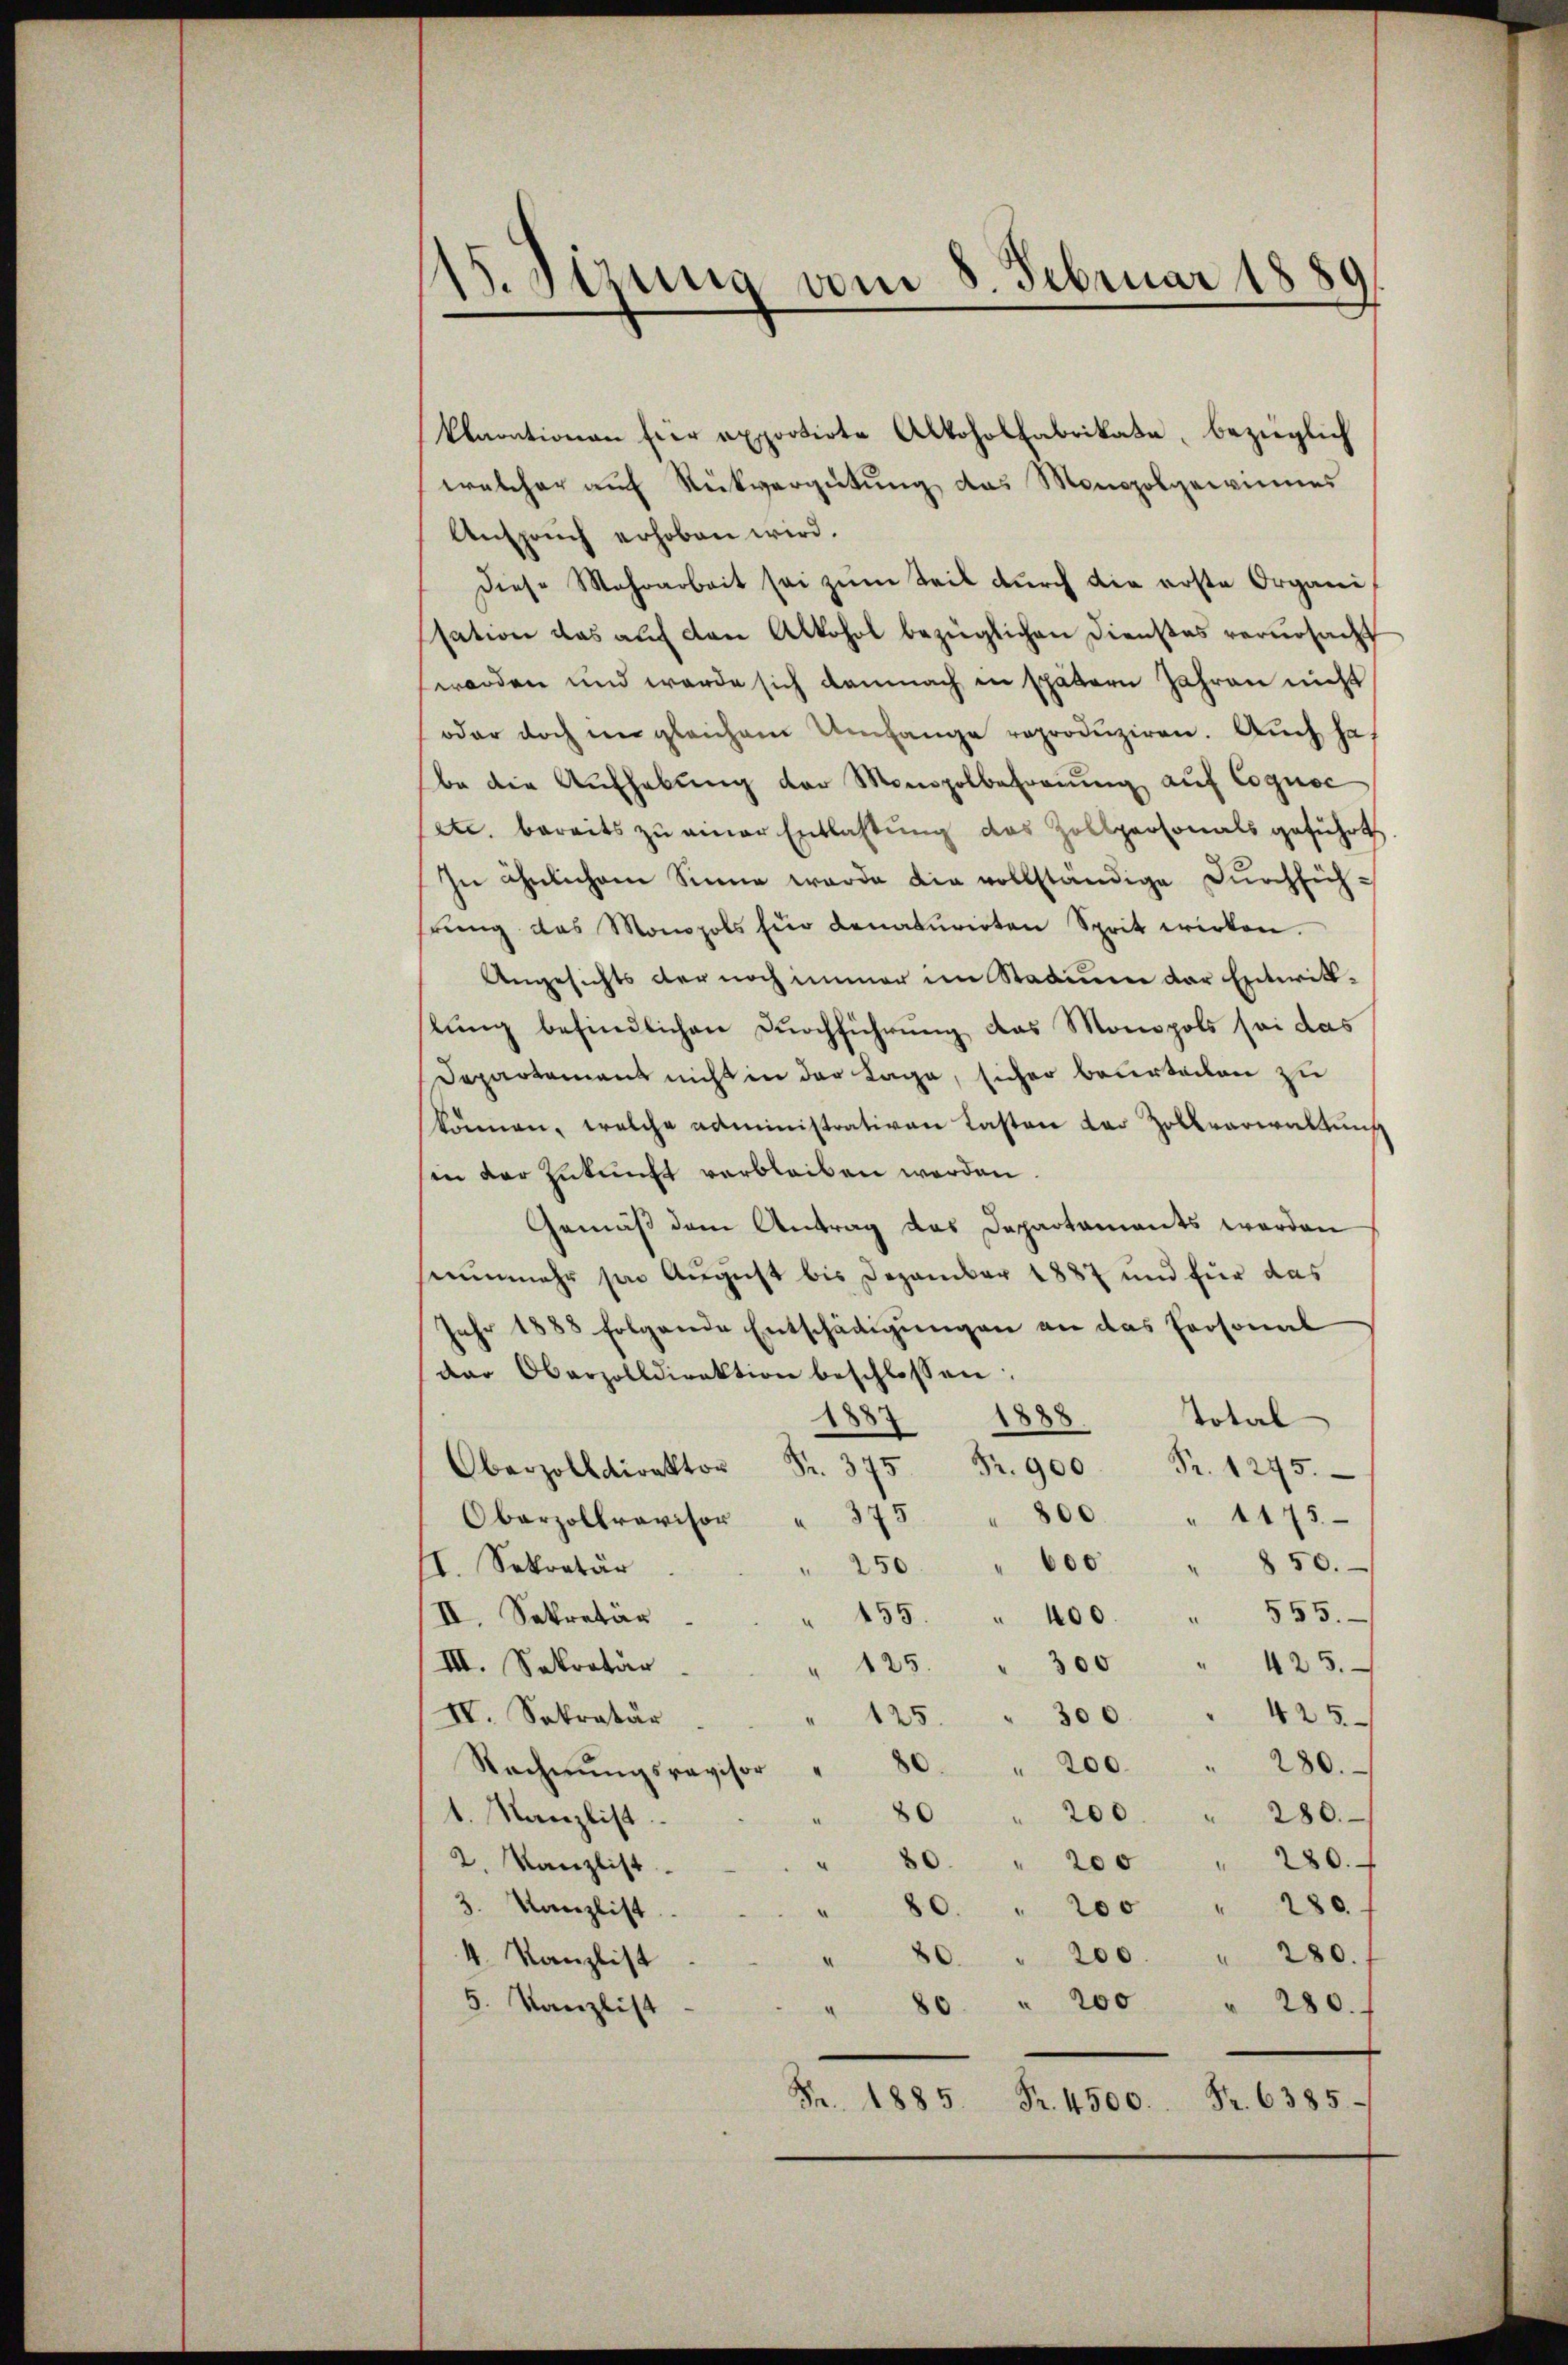
15. Sizung vom 8. Februar 1889

Klarationen hier apportirte Alkohol Fabrikate, bezüglich
welcher auf Rückvergütung das Monopolgewinnes
Ansprŭch erhoben wird.
Diese Mehrarbeit sei zum Teil durch die erste Organi
sation das aŭf den Alkohol bezüglichen Dienstes verŭrsacht
worden und werde sich demnach in spätern Jahren nicht
oder doch in gleichem Umfange reproduziren. Auch hat
be die Aufhebung der Monopolbefreuung auf Cognoc
etc. bereits zu einer Entlaßung des Zollpersonals geführt.
In ähnlichem Sinne werde die vollständige Dŭrchsichrŭng des Monopols für denaturirten Sprit wirken.
Angesichts der noch immer im Stadium der Entwick-
lung befindlichen Durchführung das Monopols sei das
Departement nicht in der Lage, sicher beurteilen zu
können, welche administrativen Lasten der Zollverwaltung
in der Zukunft verbleiben werden.
Gemäß dem Antrag das Departaments werden
senmehr sie August bis Dezember 1887 und für das
Jahr 1888 folgende Entschädigŭngen an das Personal
dar Oberzolldirektion beschlossen:
188
Total
1888.
 . 375 Fr. 900 Fr. 1275.
375
800 " 1175
Oberzollrovisor
850.
00
250
II. Sekretär
555.
155. " 400.
II. Sekretär
5
300
III. Sekretär
423.
25
300
IV. Sekretär
425.
" 200 " 280.
Rechnungsrevisor
" 200 " 280.
Kanzlist
0
" 200 " 280.
2. Kanzlist
3. Kanzlist
80 " 200 " 280.
" 280.
80 " 200
4. Kanzlist
80 " 200 " 280.
5. Kanzlist
Fr. 1885. Fr. 4500. Fr. 6385